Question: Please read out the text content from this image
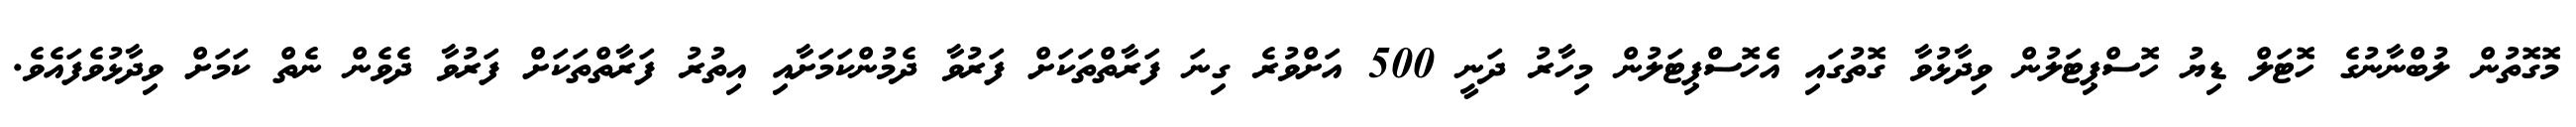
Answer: މޮގޮތުން ލުބްނާނުގެ ހޮޓަލް ޑިޔު ހޮސްޕިޓަލުން ވިދާޅުވާ ގޮތުގައި އެހޮސްޕިޓަލުން މިހާރު ދަނީ 500 އަށްވުރެ ގިނަ ފަރާތްތަކަށް ފަރުވާ ދެމުންކަމަށާއި އިތުރު ފަރާތްތަކަށް ފަރުވާ ދެވެން ނެތް ކަމަށް ވިދާޅުވެފައެވެ.